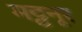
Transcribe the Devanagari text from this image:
मट्टनूर